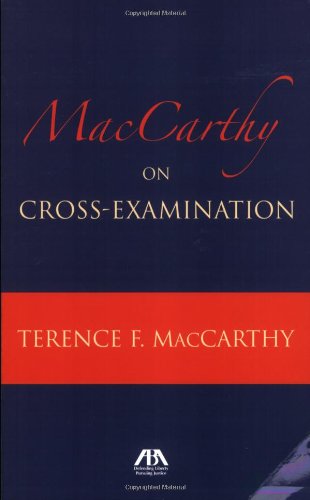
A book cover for MacCarthy on Cross Examination; Terence MacCarthy; Law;